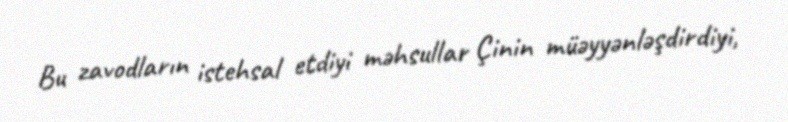
Bu zavodların istehsal etdiyi məhsullar Çinin müəyyənləşdirdiyi,